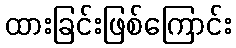
ထားခြင်းဖြစ်ကြောင်း